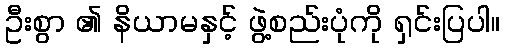
ဦးစွာ ၏ နိယာမနှင့် ဖွဲ့စည်းပုံကို ရှင်းပြပါ။